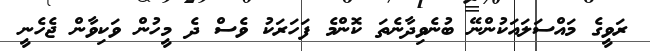
ރަވީގެ މައްސަލައަކުންނޭ ބުނެވިދާނެތަ ކޮންމެ ފަހަރަކު ވެސް ދެ މީހުން ވަކިވާން ޖެހެނީ